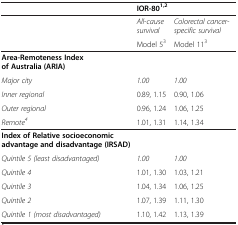
<table><thead><tr><td><b> </b></td><td colspan="2"><b>IOR-80<sup>1,2</sup></b></td></tr></thead><tbody><tr><td> </td><td><i>All-cause survival</i></td><td><i>Colorectal cancer-specific survival</i></td></tr><tr><td> </td><td>Model 5<sup>3</sup></td><td>Model 11<sup>3</sup></td></tr><tr><td><b>Area-Remoteness Index of Australia (ARIA)</b></td><td> </td><td> </td></tr><tr><td><i>Major city</i></td><td><i>1.00</i></td><td><i>1.00</i></td></tr><tr><td><i>Inner regional</i></td><td>0.89, 1.15</td><td>0.90, 1.06</td></tr><tr><td><i>Outer regional</i></td><td>0.96, 1.24</td><td>1.06, 1.25</td></tr><tr><td><i>Remote</i><sup><i>4</i></sup></td><td>1.01, 1.31</td><td>1.14, 1.34</td></tr><tr><td><b>Index of Relative socioeconomic advantage and disadvantage (IRSAD)</b></td><td> </td><td> </td></tr><tr><td><i>Quintile 5 (least disadvantaged)</i></td><td><i>1.00</i></td><td><i>1.00</i></td></tr><tr><td><i>Quintile 4</i></td><td>1.01, 1.30</td><td>1.03, 1.21</td></tr><tr><td><i>Quintile 3</i></td><td>1.04, 1.34</td><td>1.06, 1.25</td></tr><tr><td><i>Quintile 2</i></td><td>1.07, 1.39</td><td>1.11, 1.30</td></tr><tr><td><i>Quintile 1 (most disadvantaged)</i></td><td>1.10, 1.42</td><td>1.13, 1.39</td></tr></tbody></table>